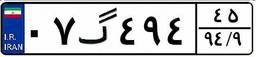
۰۷گ۴۹۴۴۵